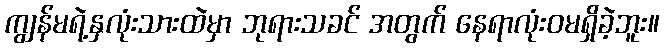
ကျွန်မရဲ့နှလုံးသားထဲမှာ ဘုရားသခင် အတွက် နေရာလုံးဝမရှိခဲ့ဘူး။